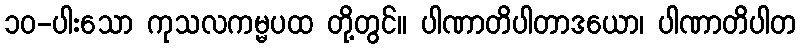
၁၀-ပါးသော ကုသလကမ္မပထ တို့တွင်။ ပါဏာတိပါတာဒယော၊ ပါဏာတိပါတ